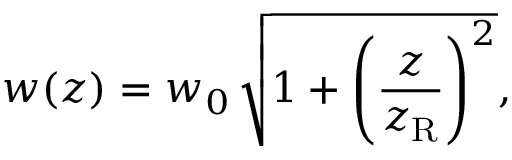
w ( z ) = w _ { 0 } \, { \sqrt { 1 + { \left( { \frac { z } { z _ { \mathrm { R } } } } \right) } ^ { 2 } } } ,